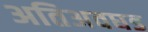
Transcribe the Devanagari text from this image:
अतिअवघड